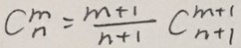
C _ { n } ^ { m } = \frac { m + 1 } { n + 1 } C _ { n + 1 } ^ { m + 1 }